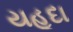
યહૂદા